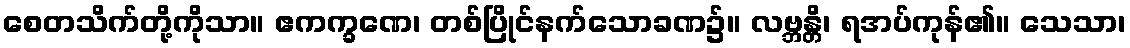
စေတသိက်တို့ကိုသာ။ ဧကက္ခဏေ၊ တစ်ပြိုင်နက်သောခဏ၌။ လဗ္ဘန္တိ၊ ရအပ်ကုန်၏။ သေသာ၊